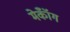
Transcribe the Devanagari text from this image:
मेकॉँग